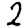
Digit: 2